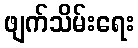
ဖျက်သိမ်းရေး